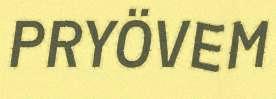
PRYÖVEM